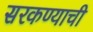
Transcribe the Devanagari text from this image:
सरकण्याची